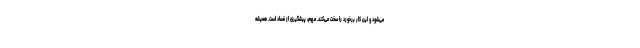
می‌شود و این کار برخورد را سخت می‌کند. مهم، پیشگیری از فساد است. همیشه